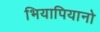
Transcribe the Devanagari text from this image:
भियापियानो